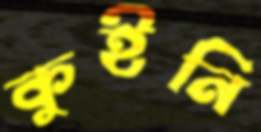
কুইনি